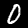
Digit: 0